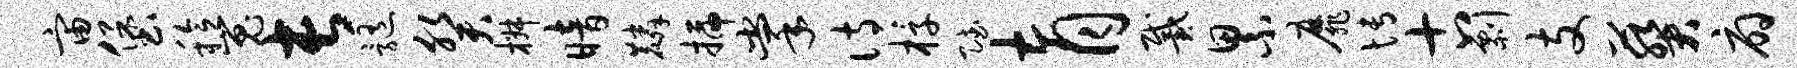
宙堡稔嵬长髓癸椒暗麟插掌诗椁赋育戴累靡博古剽支葵扇